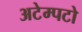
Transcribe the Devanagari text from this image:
अटेम्पटो